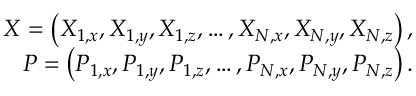
\begin{array} { r } { \ensuremath { \boldsymbol { X } } = \left( X _ { 1 , x } , X _ { 1 , y } , X _ { 1 , z } , \ldots , X _ { N , x } , X _ { N , y } , X _ { N , z } \right) , } \\ { \ensuremath { \boldsymbol { P } } = \left( P _ { 1 , x } , P _ { 1 , y } , P _ { 1 , z } , \ldots , P _ { N , x } , P _ { N , y } , P _ { N , z } \right) . } \end{array}